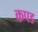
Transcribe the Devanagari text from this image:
कपड